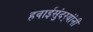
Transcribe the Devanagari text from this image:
हवाईसुंदर्‍यांंनी